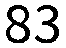
83